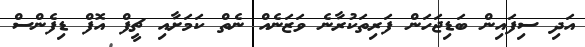
އަދި ސިފައިން ބަޑިޖަހަން ފަރިތަކުރާނެ ވަޒަނެއް ނެތް ކަމަށާއި ޗީފް އޮފް ޑިފެންސް